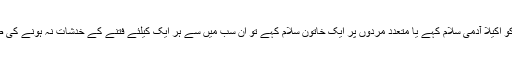
اور اگر متعدد خواتین کو اکیلا آدمی سلام کہے یا متعدد مردوں پر ایک خاتون سلام کہے تو ان سب میں سے ہر ایک کیلئے فتنے کے خدشات نہ ہونے کی صورت میں جائز ہوگا۔